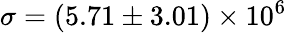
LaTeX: \sigma=(5.71\pm 3.01)\times 10^{6}